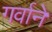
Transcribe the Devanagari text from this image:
गर्वाने